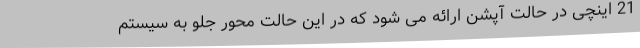
21 اینچی در حالت آپشن ارائه می شود که در این حالت محور جلو به سیستم